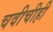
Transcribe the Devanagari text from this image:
चवीचीही